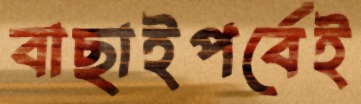
বাছাইপর্বেই